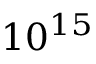
1 0 ^ { 1 5 }